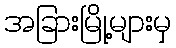
အခြားမြို့များမှ